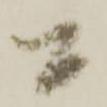
間